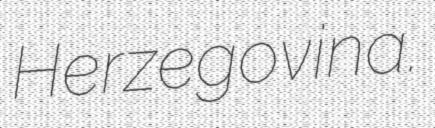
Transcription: Herzegovina.